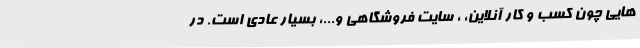
هایی چون کسب و کار آنلاین، ، سایت فروشگاهی و...، بسیار عادی است. در